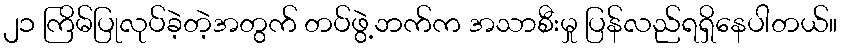
၂၁ ကြိမ်ပြုလုပ်ခဲ့တဲ့အတွက် တပ်ဖွဲ့ဘက်က အသာစီးမှု ပြန်လည်ရရှိနေပါတယ်။